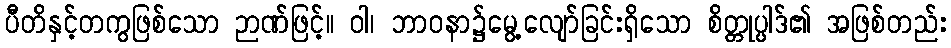
ပီတိနှင့်တကွဖြစ်သော ဉာဏ်ဖြင့်။ ဝါ၊ ဘာဝနာ၌မွေ့လျော်ခြင်းရှိသော စိတ္တုပ္ပါဒ်၏ အဖြစ်တည်း